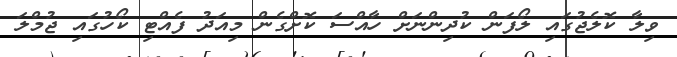
ވިލާ ކޮލެޖުގައި ލޯފަން ކުދިންނަށް ހާއްސަ ކޮށްގެން މިއަދު ފެއްޓި ކޯހުގައި ޖުމްލަ